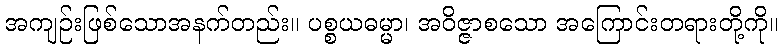
အကျဉ်းဖြစ်သောအနက်တည်း။ ပစ္စယဓမ္မာ၊ အဝိဇ္ဇာစသော အကြောင်းတရားတို့ကို။